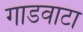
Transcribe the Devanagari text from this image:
गाडवाटा